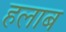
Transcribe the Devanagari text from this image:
हलाब